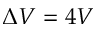
\Delta V = 4 V